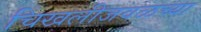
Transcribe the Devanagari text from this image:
चिखलीजवळच्या